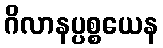
ဂိလာနပ္ပစ္စယေန